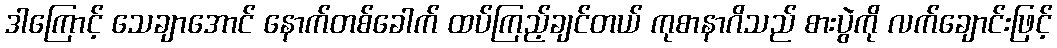
ဒါကြောင့် သေချာအောင် နောက်တစ်ခေါက် ထပ်ကြည့်ချင်တယ် ကုစာနာဂိသည် စားပွဲကို လက်ချောင်းဖြင့်